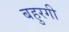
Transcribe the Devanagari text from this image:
बहुरगी